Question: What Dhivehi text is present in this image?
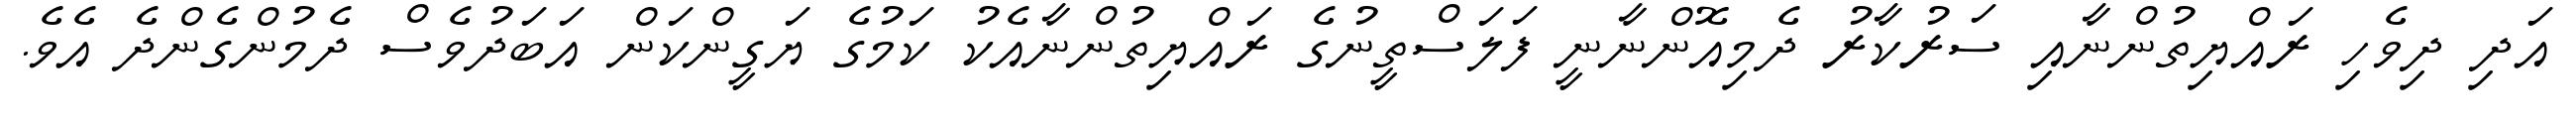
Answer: އަދި ދިވެހި ރައްޔިތުންނާއި ސަރުކާރު ދެމިއޮންނާނީ ފަލަސްތީނުގެ ރައްޔިތުންނާއެކު ކަމުގެ ޔަގީންކަން އަބަދުވެސް ދެމުންގެންދެ އެވެ.